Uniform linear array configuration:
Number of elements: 48
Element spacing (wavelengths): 0.25
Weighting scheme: cosine
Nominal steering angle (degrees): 45
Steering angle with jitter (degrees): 46.536
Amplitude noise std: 0.05
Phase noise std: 0.05

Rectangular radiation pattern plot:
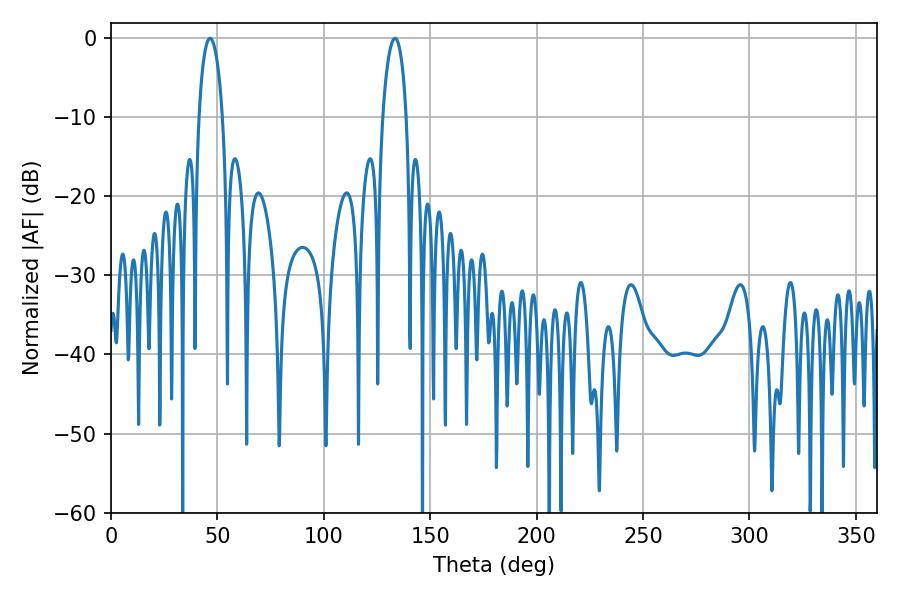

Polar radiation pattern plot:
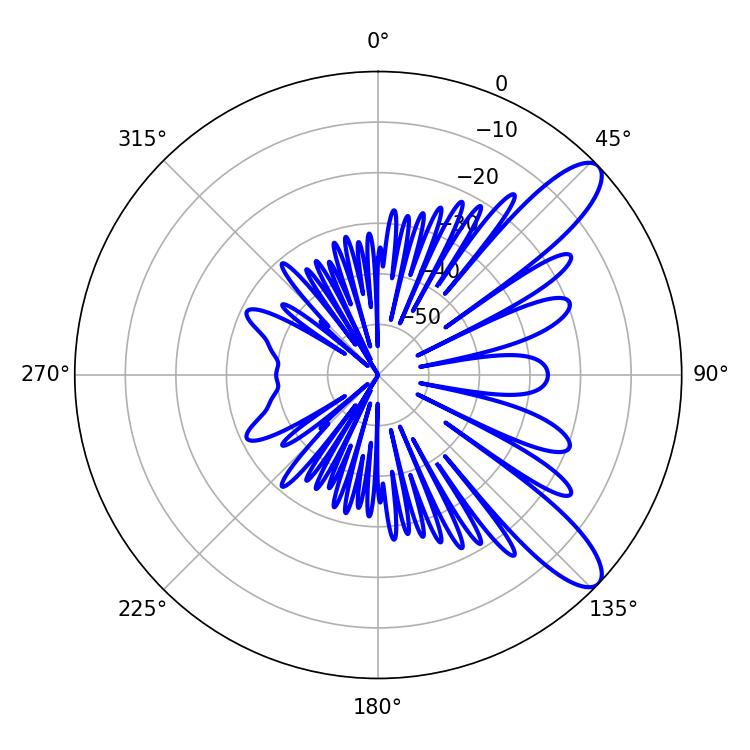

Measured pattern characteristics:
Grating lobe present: FALSE
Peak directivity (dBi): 10.502
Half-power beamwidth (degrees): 6.3
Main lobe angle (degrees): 46.62